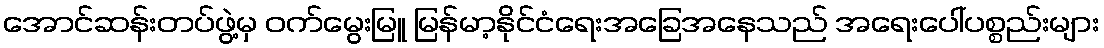
အောင်ဆန်းတပ်ဖွဲ့မှ ဝက်မွေးမြူ မြန်မာ့နိုင်ငံရေးအခြေအနေသည် အရေးပေါ်ပစ္စည်းများ